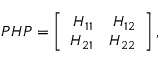
P H P = \left[ \begin{array} { r r } { { H _ { 1 1 } } } & { { H _ { 1 2 } } } \\ { { H _ { 2 1 } } } & { { H _ { 2 2 } } } \end{array} \right] ,